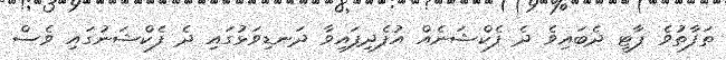
ތަފާތުވެ ޕާޓީ ދެބައިވެ ދެ ފެކްޝަނެއް އުފެދިފައިވާ ދަނޑިވަޅުގައި ދެ ފެކްޝަނުގައި ވެސް